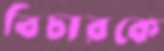
বিচারকে